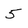
Character: 5